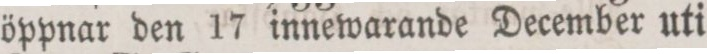
öppnar den 17 innewarande December uti